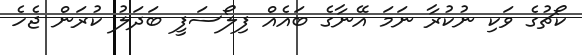
ކޯޗުގެ ވަކި ނުކުރާ ނަމަ އޭނާގެ ބައެއް ފިލޯސަފީ ބަދަލު ކުރަން ޖެހެ